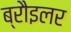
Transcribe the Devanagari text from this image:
ब्रौइलर